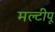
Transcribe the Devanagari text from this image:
मल्टीपू